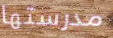
مدرستها